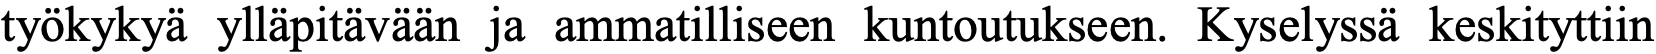
työkykyä ylläpitävään ja ammatilliseen kuntoutukseen. Kyselyssä keskityttiin